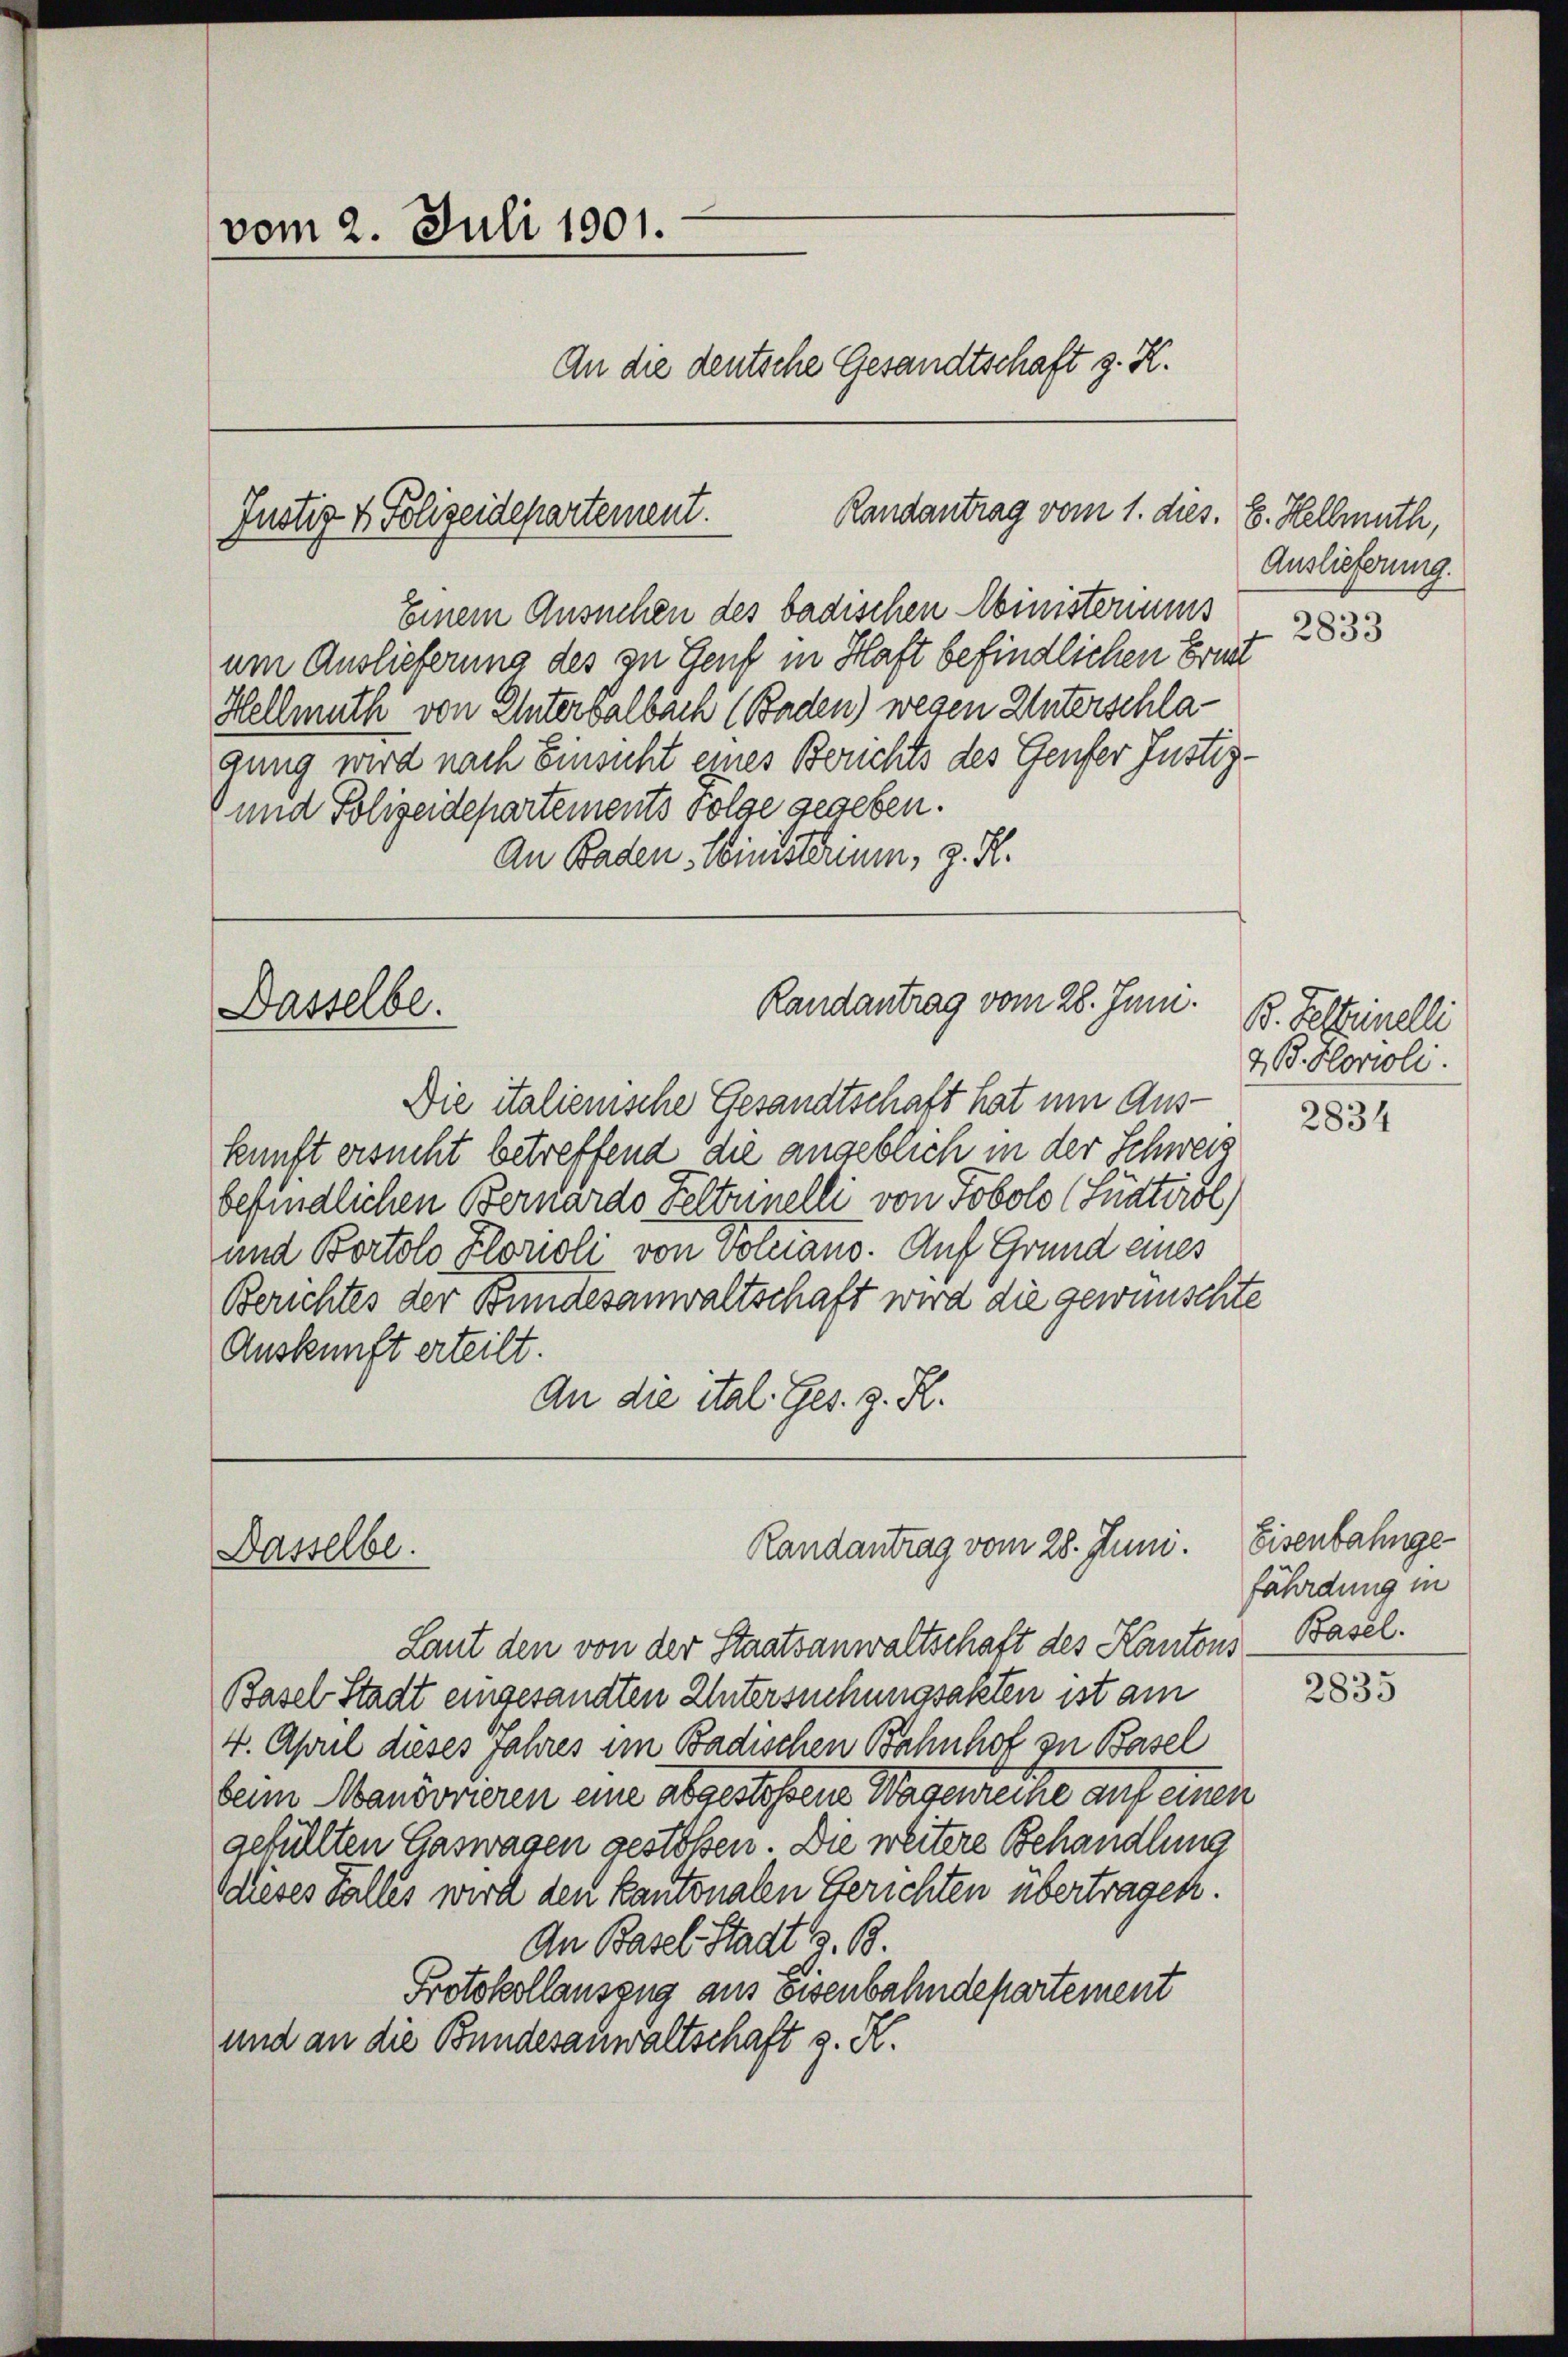
Einem Ansuchen des badischen Ministeriums
um Auslieferung des zu Genf in Haft befindlichen Brud
Hellmuth von Unterbalbach (Baden) wegen Unterschlagung wird nach Einsicht eines Berichts des Genfer Justiz-
und Polizeidepartements Folge gegeben.
An Baden Ministerium, z. R.

vom 2. Juli 1901.
An die deutsche Gesandtschaft z. K.
Randantrag vom 1. dies. 8. Hellmuth,
Justiz & Polizeidepartement.

Die italienische Gesandtschaft hat um Auskunft ersucht betreffend die angeblich in der Schweis
befindlichen Bernardo Feltrinelli von Tobolo (Südtirol
und Bortolo Florioli von Volziano. Auf Grund eines
Berichtes der Bundesanwaltschaft wird die gewünschte
Auskunft erteilt.
An die ital. Ges. z. R.

Dasselbe.

Dasselbe.

Randantrag vom 28. Juni.

Randantrag vom 28. Juni.

Auslieferung.
2833

Laut den von der Staatsanwaltschaft des Kantons
Basel Stadt eingesandten Untersuchungsakten ist am
4. April dieses Jahres im Badischen Bahnhof zu Basel
beim Manövrieren eine abgestoßene Wagenreihe auf einen
gefüllten Gaswagen gestoßen. Die weitere Behandlung
dieses Falles wird den kantonalen Gerichten übertragen.
An Basel Stadt G. B.
Protokollauszug aus eisenbahndepartement
und an die Bundesanwaltschaft z. R.

B. Testanelli
7. B. Horioli.
2834

Eisenbahnge
fährdung in
Basel.

2835